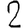
Digit: 2